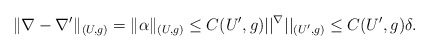
\begin{align*} \| \nabla-\nabla' \|_{(U,g)} = \|\alpha \|_{(U,g)}\leq C({U'},g)||^\nabla||_{({U'},g)}\le C({U'},g)\delta.\end{align*}